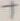
Text: +